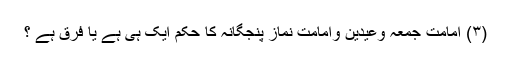
(۳) امامت جمعہ وعیدین وامامت نماز پنجگانہ کا حکم ایک ہی ہے یا فرق ہے ؟